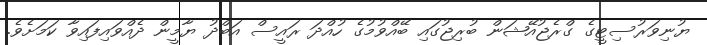
ޔުނިވަރުސިޓީގެ ގްރެޖުއޭޝަން ބުރިޖުގައި ބޭއްވުމުގެ ހުއްދަ ރައީސް އަބްދު ޔާމީން ދެއްވައިފައިވާ ކަމަށެވެ.